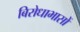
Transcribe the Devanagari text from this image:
बिरोधाभासों